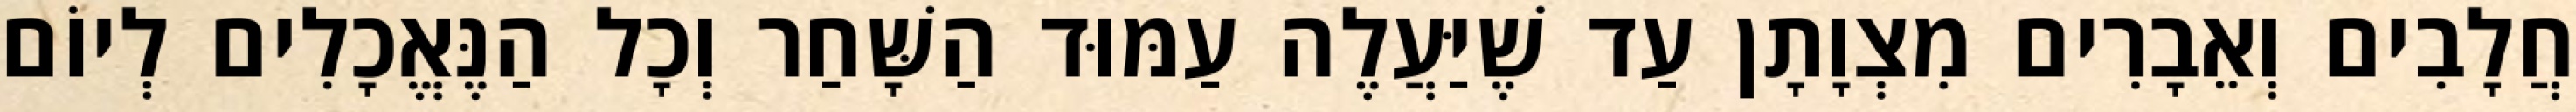
חֲלָבִים וְאֵבָרִים מִצְוָתָן עַד שֶׁיַּעֲלֶה עַמּוּד הַשָּׁחַר וְכָל הַנֶּאֱכָלִים לְיוֹם